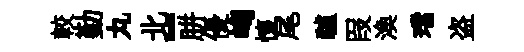
較勤丸北-胼優峋懷尾驢叚渙璫盗